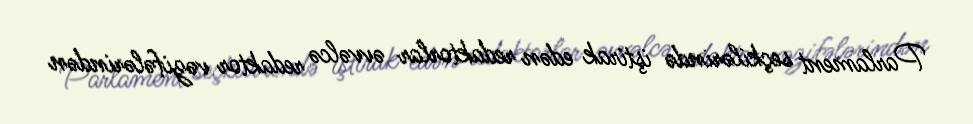
Parlament seçkilərində iştirak edən redaktorlar əvvəlcə redaktor vəzifələrindən